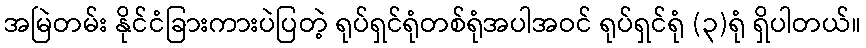
အမြဲတမ်း နိုင်ငံခြားကားပဲပြတဲ့ ရုပ်ရှင်ရုံတစ်ရုံအပါအဝင် ရုပ်ရှင်ရုံ (၃)ရုံ ရှိပါတယ်။